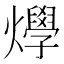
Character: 𤒎